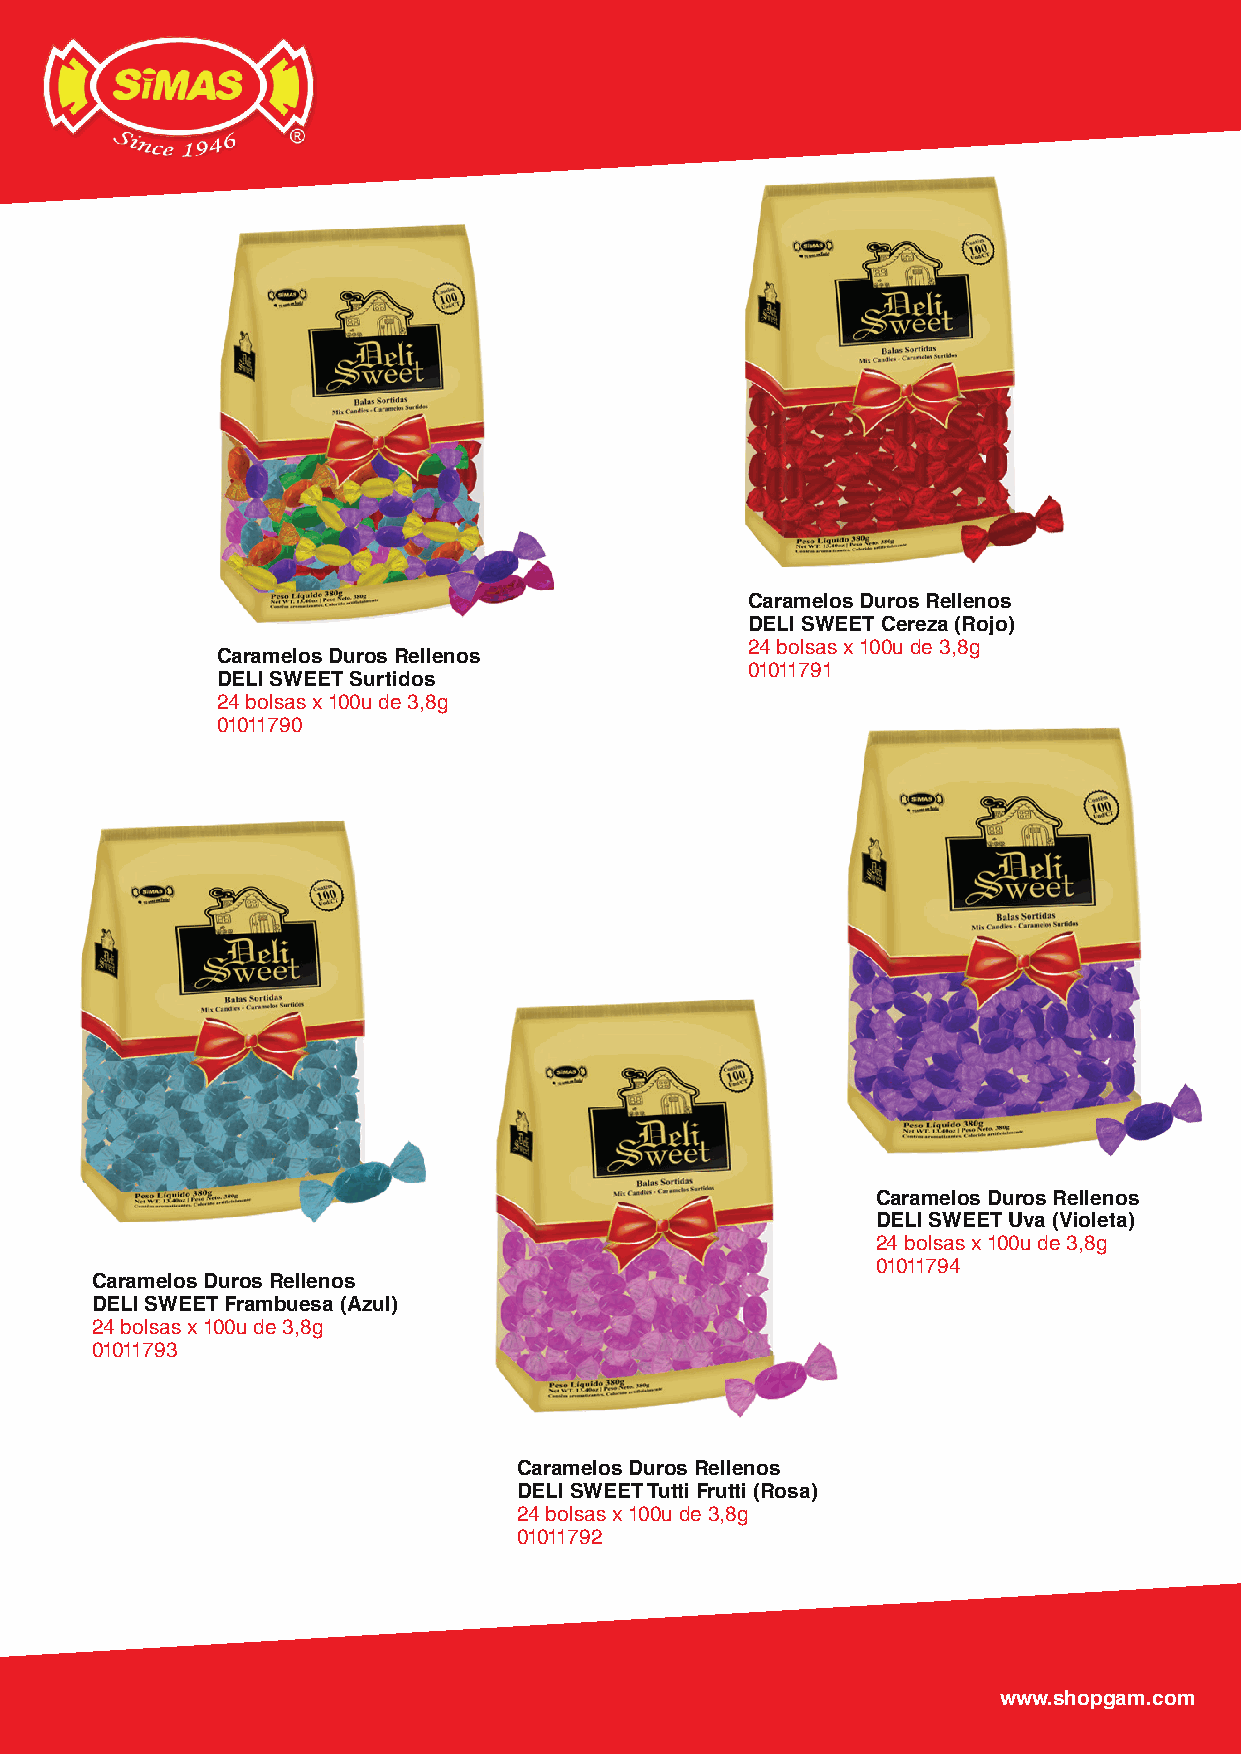
Caramelos Duros Rellenos
 DELI SWEET Cereza (Rojo)
 24 bolsas x 100u de 3,8g
 Caramelos Duros Rellenos
 01011791
 DELI SWEET Surtidos
 24 bolsas x 100u de 3,8g
 01011790
 Caramelos Duros Rellenos
 DELI SWEET Uva (Violeta)
 24 bolsas x 100u de 3,8g
 01011794
 Caramelos Duros Rellenos
 DELI SWEET Frambuesa (Azul)
 24 bolsas x 100u de 3,8g
 01011793
 Caramelos Duros Rellenos
 DELI SWEET Tutti Frutti (Rosa)
 24 bolsas x 100u de 3,8g
 01011792
 www.shopgam.com